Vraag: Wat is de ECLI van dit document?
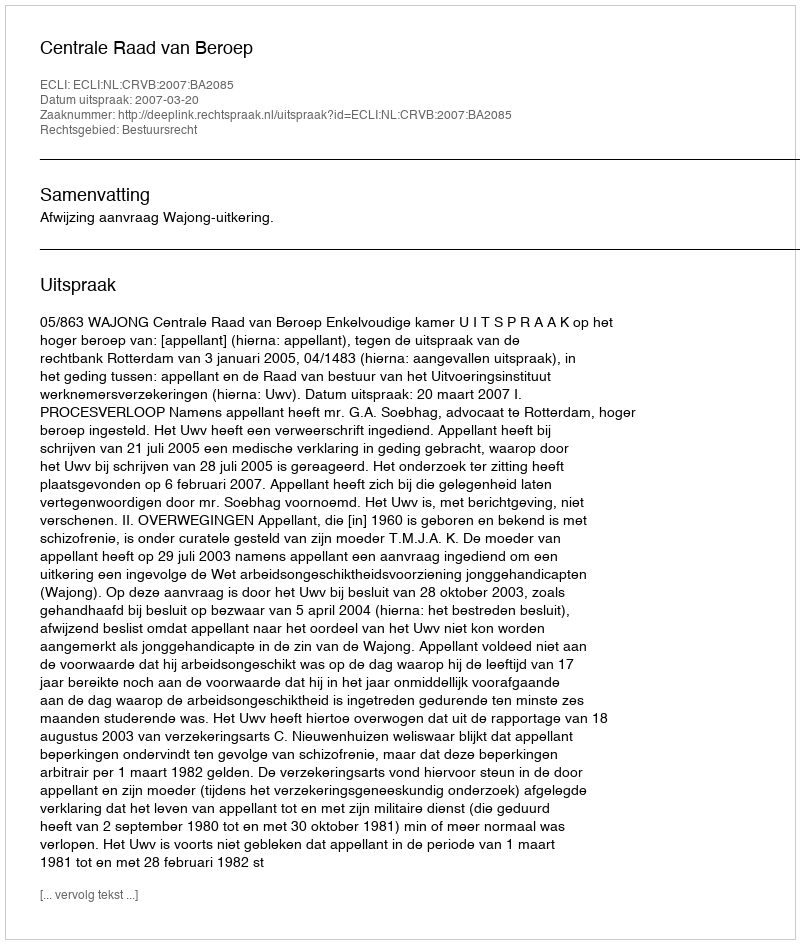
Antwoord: ECLI:NL:CRVB:2007:BA2085